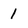
Character: 1